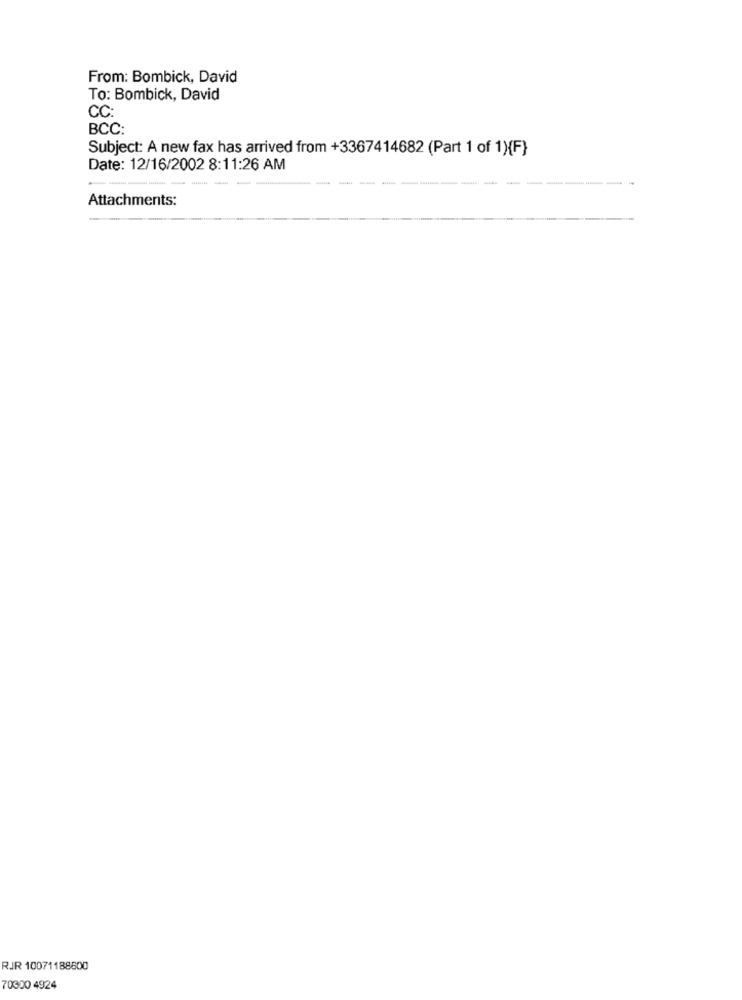
From: Bombick, David
To: Bombick, David
CC:
BCC
Subject: A new fax has arrived from +3367414682 (Part 1 of 1){F}
Date: 12/16/2002 8:11:26 AM
-----
Attachments:
RJR 10071188600
70300 4924